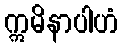
ဣမိနာပါဟံ